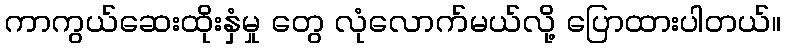
ကာကွယ်ဆေးထိုးနှံမှု တွေ လုံလောက်မယ်လို့ ပြောထားပါတယ်။